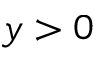
y > 0